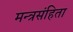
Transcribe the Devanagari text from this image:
मन्त्रसंहिता